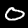
Digit: 0